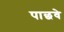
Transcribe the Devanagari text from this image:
पाछवे